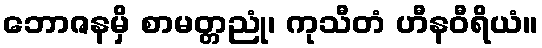
ဘောဇနမှိ စာမတ္တညုံ၊ ကုသီတံ ဟီနဝီရိယံ။